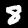
Digit: 8